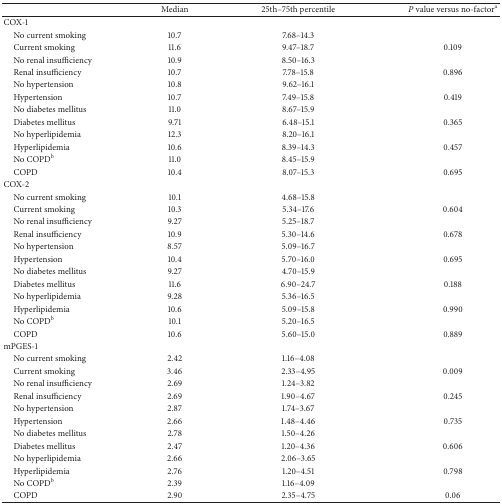
<table><thead><tr><td><b> </b></td><td><b>Median</b></td><td><b>25th–75th percentile</b></td><td><b><i>P</i> value versus no-factor<sup>a</sup></b></td></tr></thead><tbody><tr><td>COX-1</td><td> </td><td> </td><td> </td></tr><tr><td> No current smoking</td><td>10.7</td><td>7.68–14.3</td><td> </td></tr><tr><td> Current smoking</td><td>11.6</td><td>9.47–18.7</td><td>0.109</td></tr><tr><td> No renal insufficiency</td><td>10.9</td><td>8.50–16.3</td><td> </td></tr><tr><td> Renal insufficiency</td><td>10.7</td><td>7.78–15.8</td><td>0.896</td></tr><tr><td> No hypertension</td><td>10.8</td><td>9.62–16.1</td><td> </td></tr><tr><td> Hypertension</td><td>10.7</td><td>7.49–15.8</td><td>0.419</td></tr><tr><td> No diabetes mellitus</td><td>11.0</td><td>8.67–15.9</td><td> </td></tr><tr><td> Diabetes mellitus</td><td>9.71</td><td>6.48–15.1</td><td>0.365</td></tr><tr><td> No hyperlipidemia</td><td>12.3</td><td>8.20–16.1</td><td> </td></tr><tr><td> Hyperlipidemia</td><td>10.6</td><td>8.39–14.3</td><td>0.457</td></tr><tr><td> No COPD<sup>b</sup></td><td>11.0</td><td>8.45–15.9</td><td> </td></tr><tr><td> COPD</td><td>10.4</td><td>8.07–15.3</td><td>0.695</td></tr><tr><td>COX-2</td><td> </td><td> </td><td> </td></tr><tr><td> No current smoking</td><td>10.1</td><td>4.68–15.8</td><td> </td></tr><tr><td> Current smoking</td><td>10.3</td><td>5.34–17.6</td><td>0.604</td></tr><tr><td> No renal insufficiency</td><td>9.27</td><td>5.25–18.7</td><td> </td></tr><tr><td> Renal insufficiency</td><td>10.9</td><td>5.30–14.6</td><td>0.678</td></tr><tr><td> No hypertension</td><td>8.57</td><td>5.09–16.7</td><td> </td></tr><tr><td> Hypertension</td><td>10.4</td><td>5.70–16.0</td><td>0.695</td></tr><tr><td> No diabetes mellitus</td><td>9.27</td><td>4.70–15.9</td><td> </td></tr><tr><td> Diabetes mellitus</td><td>11.6</td><td>6.90–24.7</td><td>0.188</td></tr><tr><td> No hyperlipidemia</td><td>9.28</td><td>5.36–16.5</td><td> </td></tr><tr><td> Hyperlipidemia</td><td>10.6</td><td>5.09–15.8</td><td>0.990</td></tr><tr><td> No COPD<sup>b</sup></td><td>10.1</td><td>5.20–16.5</td><td> </td></tr><tr><td> COPD</td><td>10.6</td><td>5.60–15.0</td><td>0.889</td></tr><tr><td>mPGES-1</td><td> </td><td> </td><td> </td></tr><tr><td> No current smoking</td><td>2.42</td><td>1.16–4.08</td><td> </td></tr><tr><td> Current smoking</td><td>3.46</td><td>2.33–4.95</td><td>0.009</td></tr><tr><td> No renal insufficiency</td><td>2.69</td><td>1.24–3.82</td><td> </td></tr><tr><td> Renal insufficiency</td><td>2.69</td><td>1.90–4.67</td><td>0.245</td></tr><tr><td> No hypertension</td><td>2.87</td><td>1.74–3.67</td><td> </td></tr><tr><td> Hypertension</td><td>2.66</td><td>1.48–4.46</td><td>0.735</td></tr><tr><td> No diabetes mellitus</td><td>2.78</td><td>1.50–4.26</td><td> </td></tr><tr><td> Diabetes mellitus</td><td>2.47</td><td>1.20–4.36</td><td>0.606</td></tr><tr><td> No hyperlipidemia</td><td>2.66</td><td>2.06–3.65</td><td> </td></tr><tr><td> Hyperlipidemia</td><td>2.76</td><td>1.20–4.51</td><td>0.798</td></tr><tr><td> No COPD<sup>b</sup></td><td>2.39</td><td>1.16–4.09</td><td> </td></tr><tr><td> COPD</td><td>2.90</td><td>2.35–4.75</td><td>0.06</td></tr></tbody></table>